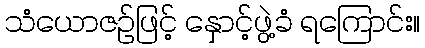
သံယောဇဉ်ဖြင့် နှောင့်ဖွဲ့ခံ ရကြောင်း။